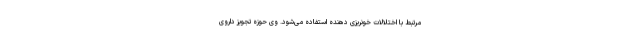
مرتبط با اختلالات خونریزی دهنده استفاده می‌شود. وی حوزه تجویز داروی